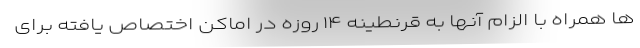
ها همراه با الزام آنها به قرنطینه ۱۴ روزه در اماکن اختصاص یافته برای